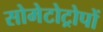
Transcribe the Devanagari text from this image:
सोमेटोट्रोपों